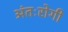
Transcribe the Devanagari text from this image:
अंतःरोगी